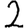
Digit: 2